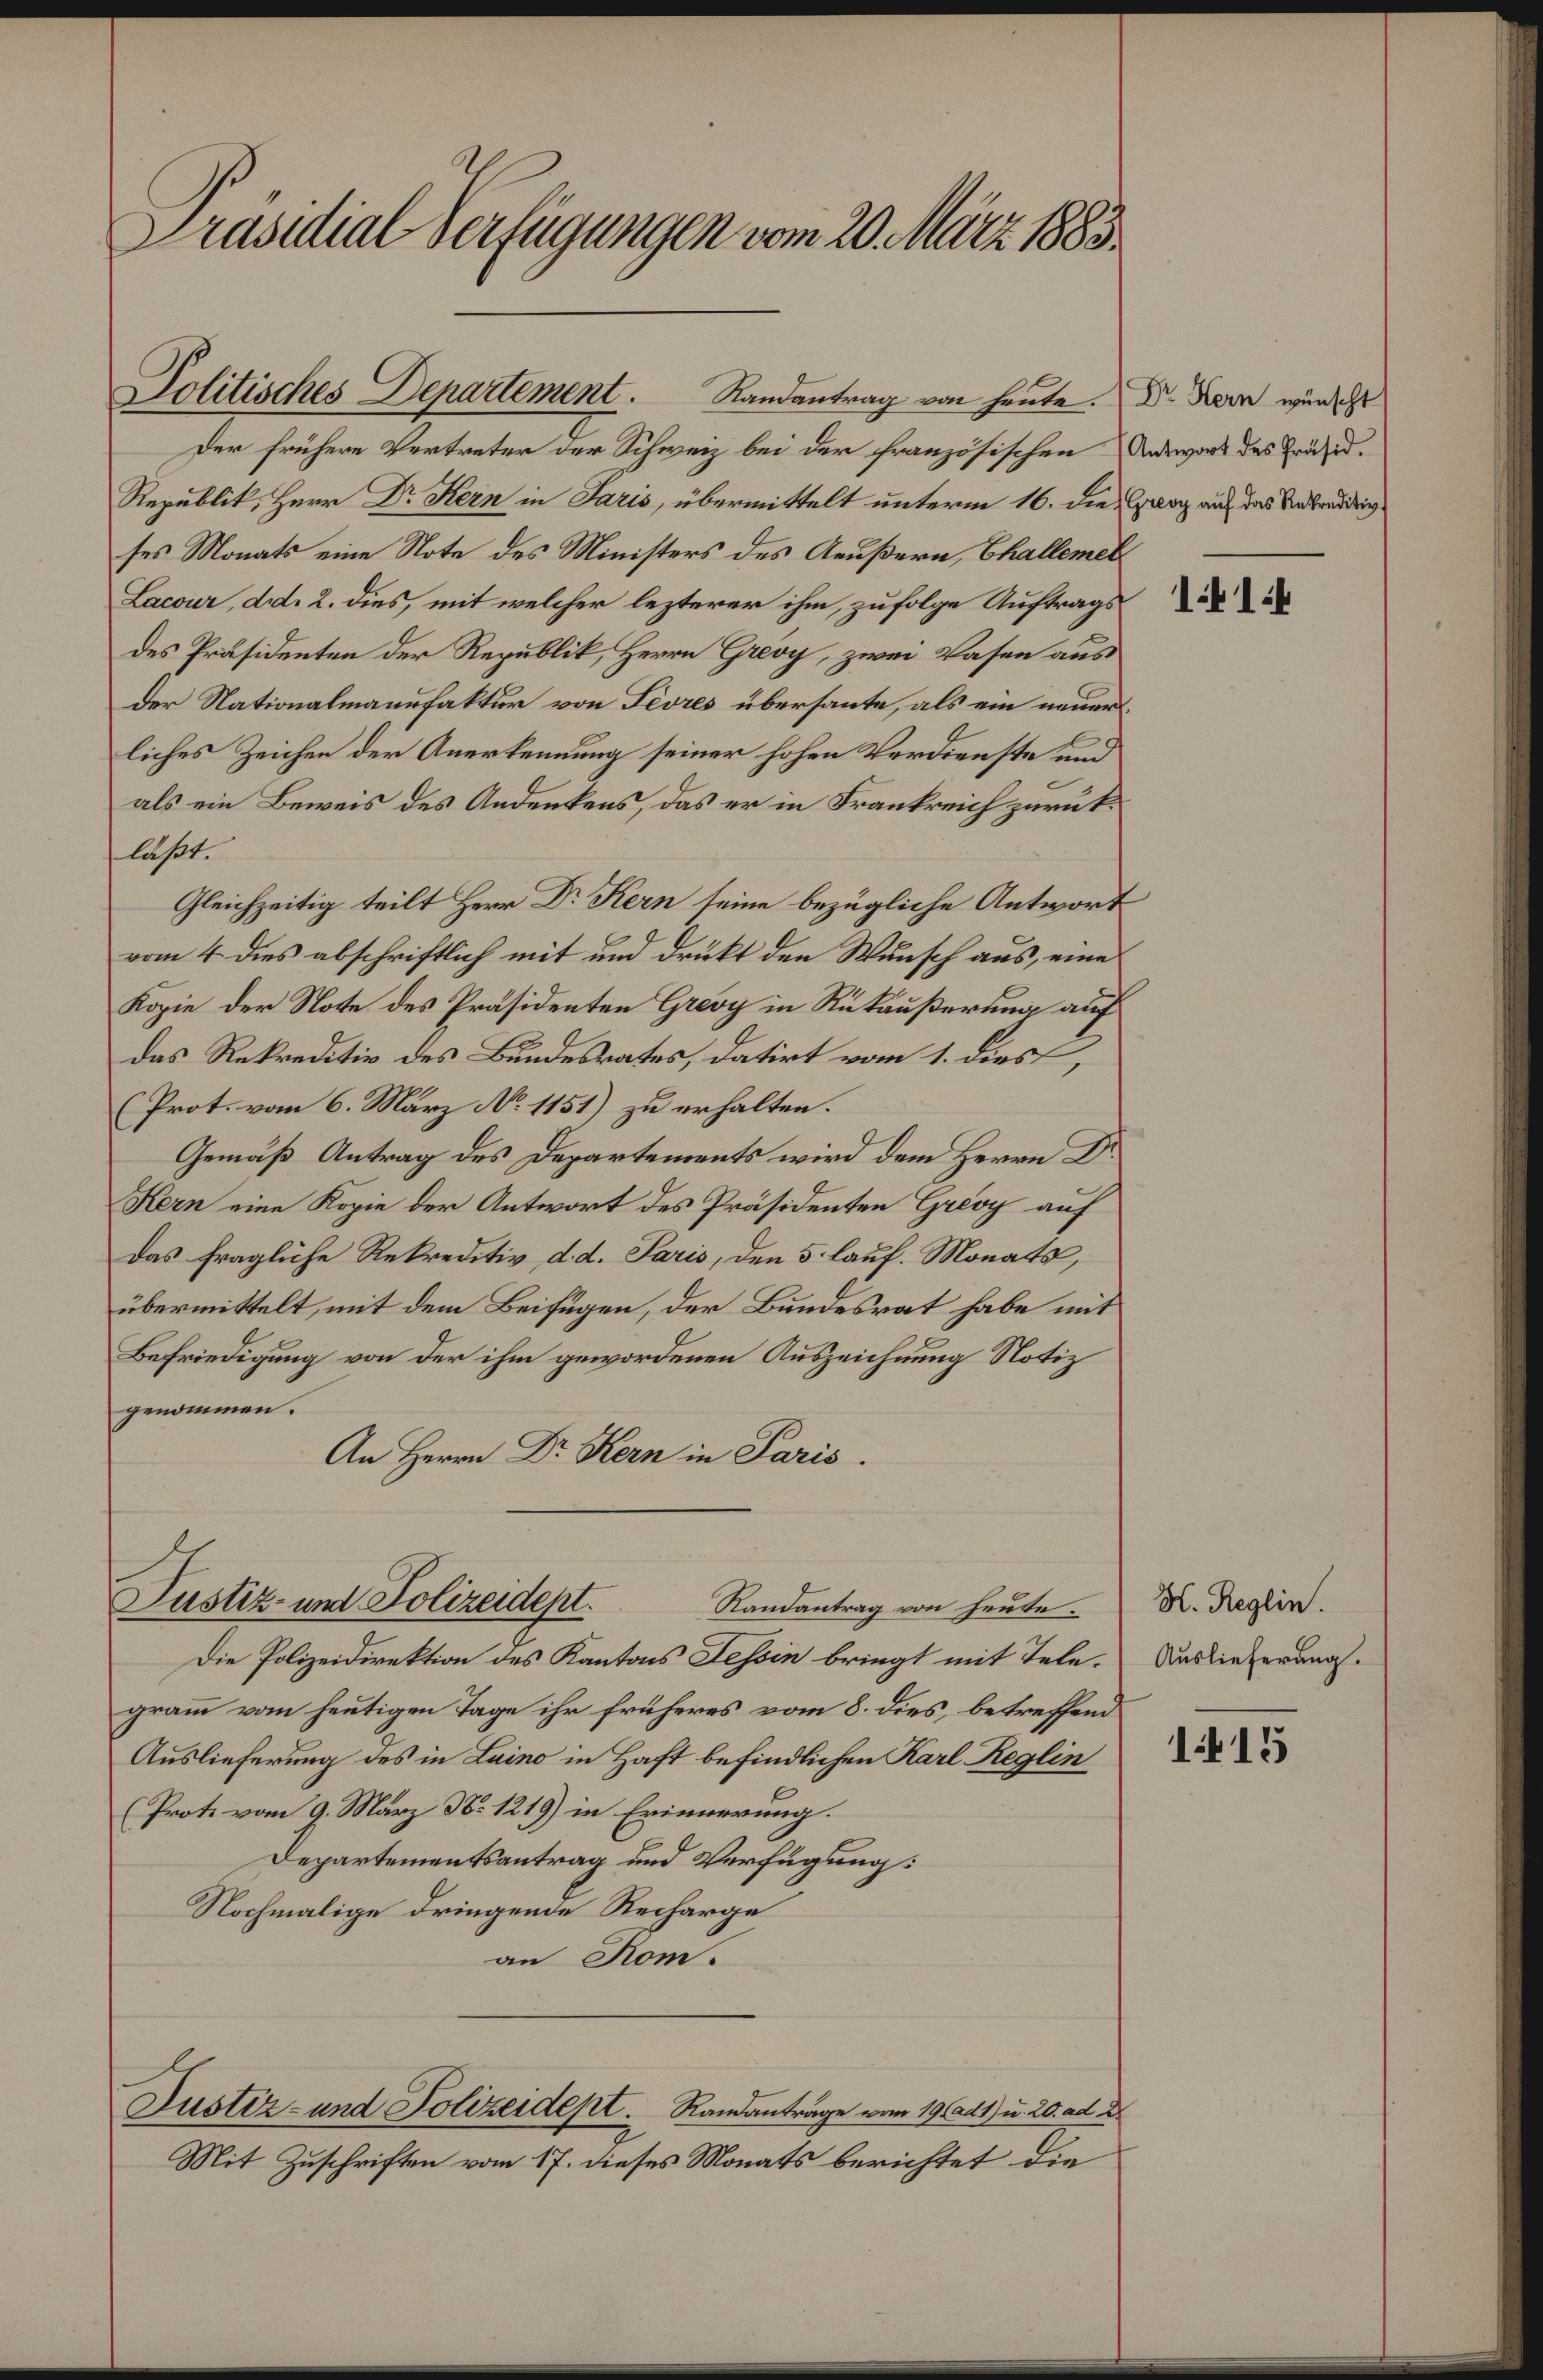
Präsidial Verfügungen vom 20. März 1883.

Politisches Departement. Randantrag von heute.

Der frühere Vertreter der Schweiz bei der französischen Antwort des Präsid.
Republik, Herr Dr Kern in Jaris, übermittelt unterm 16. die Ganz auf das Verbreidung
ses Monats eine Note des Ministers des Aeußern, Challemet
Lacour, d. 2. dies, mit welcher lezterer ihm, zufolge Auftrags
des Präsidenten der Republik, Herrn Greoy, zwei Vasen aus
der Nationalmanufaktur von Feures übersaute, als ein neuer
liches Zeichen der Anerkennung seiner hohen Verdienste und
als ein Beweis des Andenkens, das er in Frankreich zurüklaßet.
Gleichzeitig teilt Herr Dr Kern seine bezügliche Antwort
vom 4. dies abschriftlich mit und drückt den Wunsch aus, eine
Kopie der Note des Präsidenten Grevy in Rükäußerung auf
das Rekreditiv des Bundesrates, datirt vom 1. dies
(Prot. vom 6. März No 1151) zu erhalten.
Gemäß Antrag des Departements wird dem Herrn Dr.
Kern eine Kopie der Antwort des Präsidenten Grey auf
Das fragliche Rekreditiv, d. d. Paris, den 5 lauf. Monats,
übermittelt, mit dem Beifügen, der Bundesrat habe mit
Befriedigung von der ihm gewordenen Auszeichnung Notiz
genommen.
An Herrn Dr Kern in Paris.
Justiz- und Polizeidept.
Randantrag von heute.
Die Polizeidirektion des Kantons Tessin bringt mit Tele. Auslieferung.
gramm vom heutigen Tage ihr früheres vom 8. dies, betreffend
Auslieferung des in Laino in Haft befindlichen Karl Reglin
(Prote vom 9. März N: 1219) in Erinnerung.
Departementsantrag und Verfügung:
Nochmalige dringende Recharge
an Rom.
Justiz- und Polizeidept.   Randanträge vom 19. ad 1) u. 20. ad 2
Mit Zuschriften vom 17. dieses Monats berichtet die

Dr. Hern wünscht

H. Reglin.

11:4

115